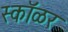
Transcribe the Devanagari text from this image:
स्कॉळर